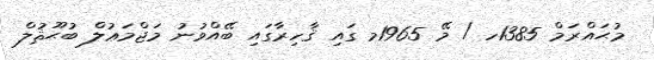
މުޙައްރަމް 1385ހ / މޭ 1965މ ގައި ޤާހިރާގައި ބޭއްވުނު މަޖްމަޢުލް ބުޙޫޘުލް